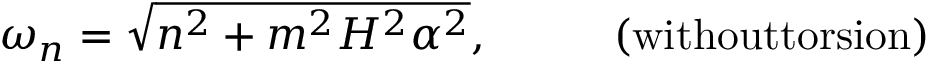
\omega _ { n } = \sqrt { n ^ { 2 } + m ^ { 2 } H ^ { 2 } \alpha ^ { 2 } } , \; \; \; \; \; \; \; \; \; \; \mathrm { ( w i t h o u t t o r s i o n ) }